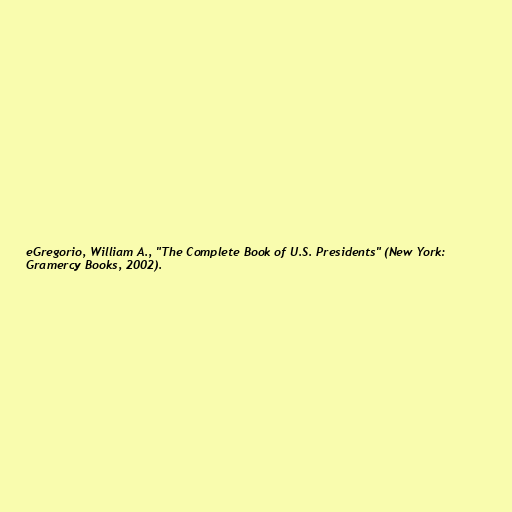
eGregorio, William A., "The Complete Book of U.S. Presidents" (New York:
Gramercy Books, 2002).